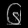
Digit: ၆